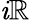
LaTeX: \mathit{i}\mathbb{{R}}